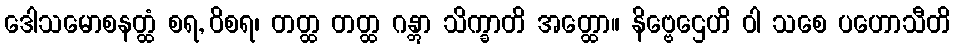
ဒေါသမောစနတ္ထံ စရ, ဝိစရ၊ တတ္ထ တတ္ထ ဂန္တွာ သိက္ခာတိ အတ္ထော။ နိဗ္ဗေဌေဟိ ဝါ သစေ ပဟောသီတိ